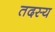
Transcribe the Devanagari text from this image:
तदस्य